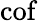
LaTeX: \operatorname{cof}